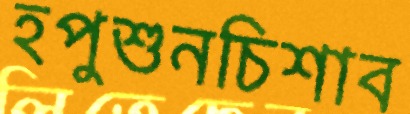
হপুশুনচিশাব